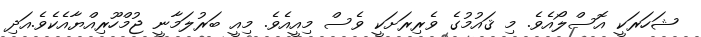
ޝަހަރަކީ އޮސްލޯއެވެ. މި ޤައުމުގެ ވެރިރަށަކީ ވެސް މިއީއެވެ. މިއީ ބަރުލަމާނީ ޖުމްހޫރިއްޔާއެކެވެ.އަދި